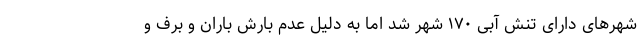
شهرهای دارای تنش آبی ۱۷۰ شهر شد اما به دلیل عدم بارش باران و برف و